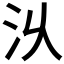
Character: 𣲄